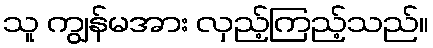
သူ ကျွန်မအား လှည့်ကြည့်သည်။